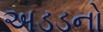
અડડનો